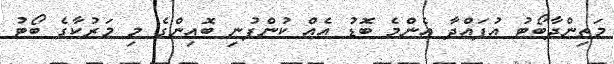
މަތިންދާބޯޓު އުފައްދާ އެންމެ ބޮޑު އެއް ކުންފުނި ބޮއިންގެ މި މަރުކާގެ ބޯޓު